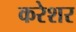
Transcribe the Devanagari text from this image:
करेशर